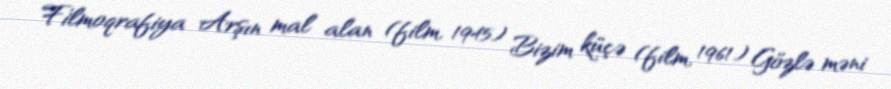
Filmoqrafiya Arşın mal alan (film, 1945) Bizim küçə (film, 1961) Gözlə məni